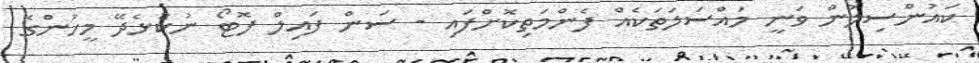
ކައުންސިލުން ވަނީ މައްސަލަތަކެއް ފެންމަތިކޮށްފައި - ސަން ފައިލް ފޮޓޯ ނުކުޅެދޭ މީހުންގެ